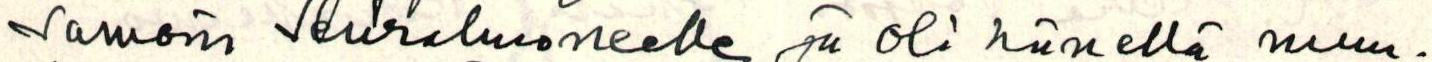
samoin Seurahuoneelle ja oli hänellä muu-